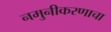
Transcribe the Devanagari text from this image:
नमुनीकरणाचा